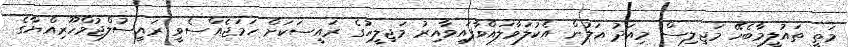
މަތީ ތައުލީމާބެހޭ މަޖިލިސް މިއަދު އަލުން އެކުލަވާލައްވާފައިވާއިރު މަޖިލީހުގެ ރައީސަކަށް ހަމަޖެއްސެވީ ރައީސުލްޖުމްހޫރިއްޔާގެ